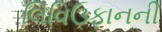
લિવિઉફાનની